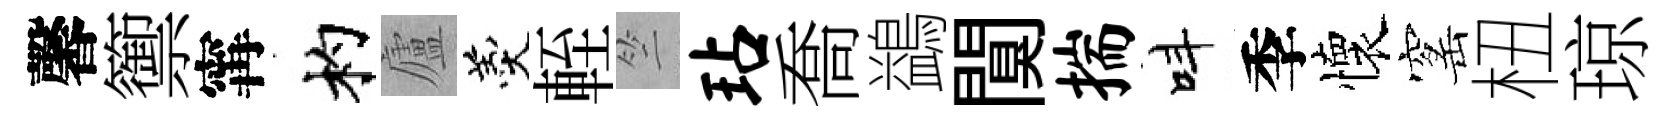
馨籞𡩋杓廬羹輊竺玷喬鷁闃揣呌季懷窰杻琼